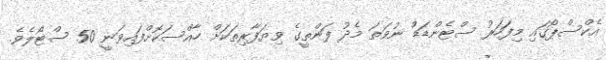
އެކްސްޕޯގައި މިފަހަރު ސްޓެންޑަޑް ނުވަތަ މެދު ފަންތީގެ ވިޔަފާރިތަކަށް ހާއްސަކޮށްފައިވަނީ 50 ސްޓޯލެވެ.